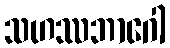
သဟဿဘာဂေါ